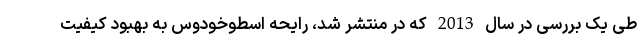
طی یک بررسی در سال 2013 که در منتشر شد، رایحه اسطوخودوس به بهبود کیفیت